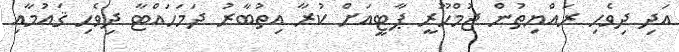
އަދި ދިވެހި ރައްޔިތުން ޖުމްހޫރީ ޕާޓީއަށް ކުރާ އިތުބާރު ދަމަހައްޓާ ދިވެހި ޤައުމާއި